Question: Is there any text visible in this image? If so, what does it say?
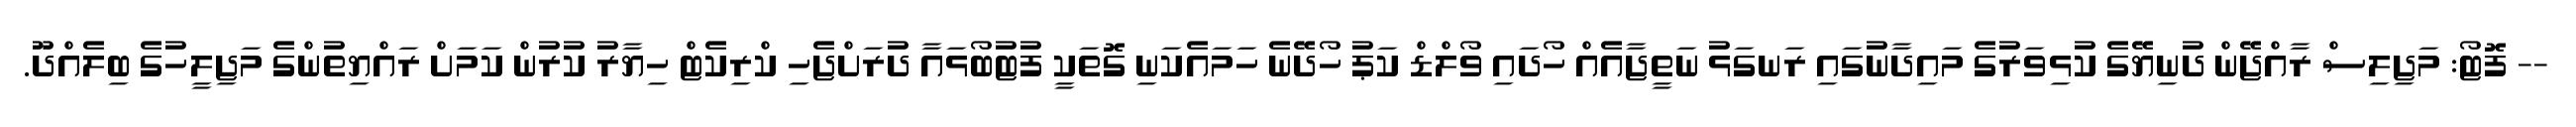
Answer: -- ފޮޓޯ: މަޖިލިސް ރާއްޖޭން ދުނިޔޭގެ ކުޅިވަރުގެ މައިދާނުގައި ރަނގަޅު ނަތީޖާއެއް ހޯދައި ވޯލްޑް ކަޕު ހޯދޭނެ ހަމައެކަނި ގޮތަކީ ފުޓުބޯޅައާ ދުރަށްޖެހި ކްރިކެޓް ހިޔާރު ކުރުން ކަމަށް ރައްޔިތުންގެ މަޖިލީހުގެ ބިލެއްދޫ.